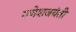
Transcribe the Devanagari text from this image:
गणेशजयंती